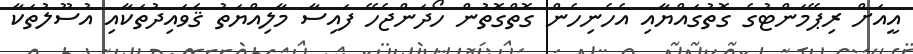
އީއަށް ރިޕޭމަންޓުގެ ގޮތުގައްޔާއި އެހެނިހެން ގޮތްގޮތުން ހޯދަންޖެހޭ ފައިސާ މާލިއްޔަތު ޤަވައިދުތަކާއި އުސޫލުތަކާ